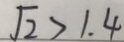
\sqrt { 2 } > 1 . 4